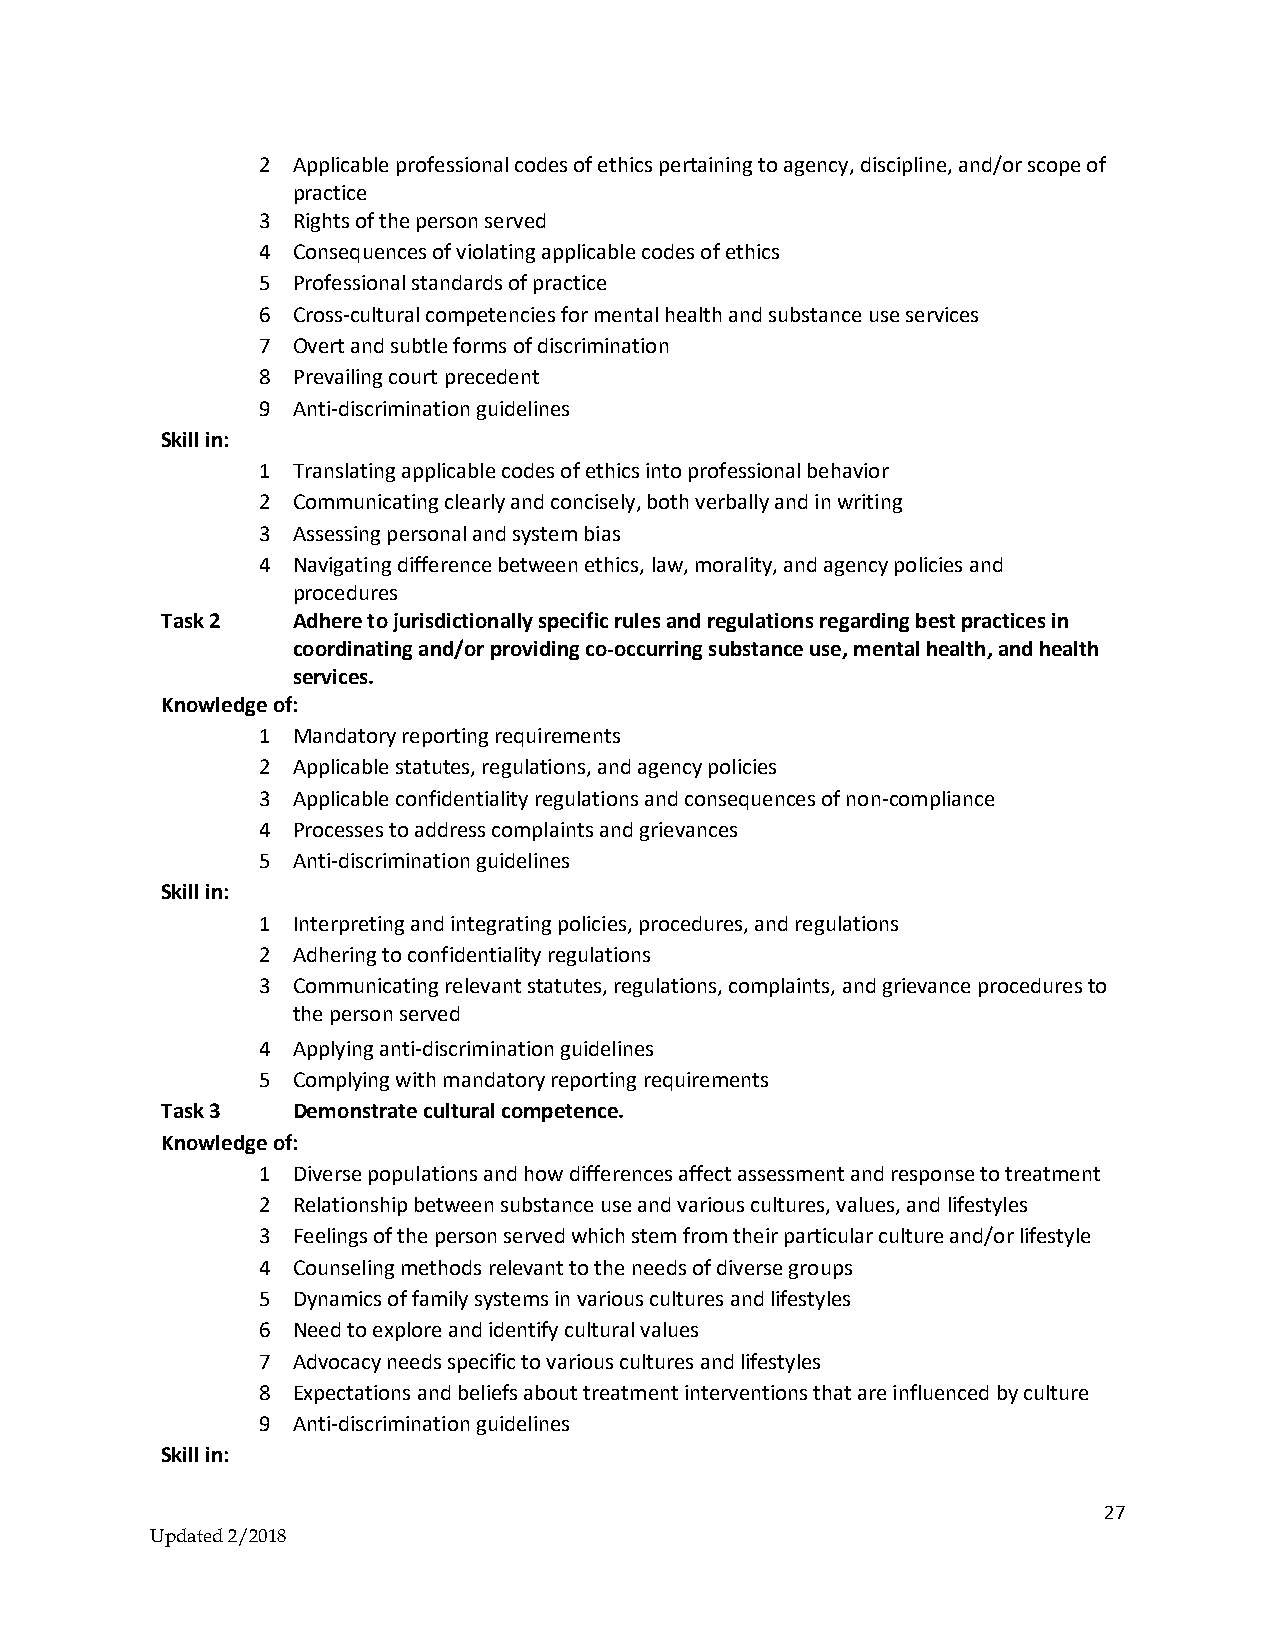
2 Applicable professional codes of ethics pertaining to agency, discipline, and/or scope of
 practice
 3 Rights of the person served
 4 Consequences of violating applicable codes of ethics
 5 Professional standards of practice
 6 Cross-cultural competencies for mental health and substance use services
 7 Overt and subtle forms of discrimination
 8 Prevailing court precedent
 9 Anti-discrimination guidelines
 Skill in:
 1 Translating applicable codes of ethics into professional behavior
 2 Communicating clearly and concisely, both verbally and in writing
 3 Assessing personal and system bias
 4 Navigating difference between ethics, law, morality, and agency policies and
 procedures
 Task 2  Adhere to jurisdictionally specific rules and regulations regarding best practices in
 coordinating and/or providing co-occurring substance use, mental health, and health
 services.
 Knowledge of:
 1 Mandatory reporting requirements
 2 Applicable statutes, regulations, and agency policies
 3 Applicable confidentiality regulations and consequences of non-compliance
 4 Processes to address complaints and grievances
 5 Anti-discrimination guidelines
 Skill in:
 1 Interpreting and integrating policies, procedures, and regulations
 2 Adhering to confidentiality regulations
 3 Communicating relevant statutes, regulations, complaints, and grievance procedures to
 the person served
 4 Applying anti-discrimination guidelines
 5 Complying with mandatory reporting requirements
 Task 3  Demonstrate cultural competence.
 Knowledge of:
 1 Diverse populations and how differences affect assessment and response to treatment
 2 Relationship between substance use and various cultures, values, and lifestyles
 3 Feelings of the person served which stem from their particular culture and/or lifestyle
 4 Counseling methods relevant to the needs of diverse groups
 5 Dynamics of family systems in various cultures and lifestyles
 6 Need to explore and identify cultural values
 7 Advocacy needs specific to various cultures and lifestyles
 8 Expectations and beliefs about treatment interventions that are influenced by culture
 9 Anti-discrimination guidelines
 Skill in:
 27
 Updated 2/2018